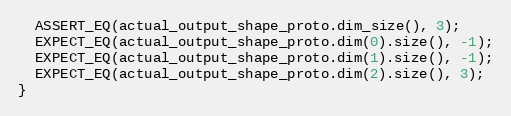
Language: C++
  ASSERT_EQ(actual_output_shape_proto.dim_size(), 3);
  EXPECT_EQ(actual_output_shape_proto.dim(0).size(), -1);
  EXPECT_EQ(actual_output_shape_proto.dim(1).size(), -1);
  EXPECT_EQ(actual_output_shape_proto.dim(2).size(), 3);
}